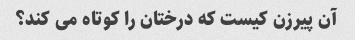
آن پیرزن کیست که درختان را کوتاه می کند؟